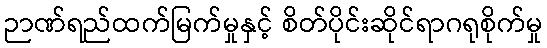
ဉာဏ်ရည်ထက်မြက်မှုနှင့် စိတ်ပိုင်းဆိုင်ရာဂရုစိုက်မှု